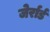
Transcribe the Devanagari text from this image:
जेर्रार्ड